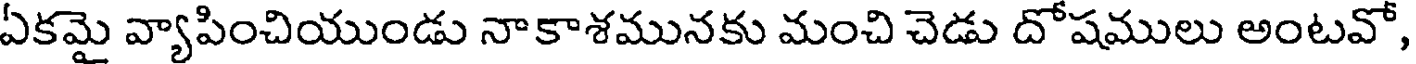
ఏకమై వ్యాపించియుండు నాకాశమునకు మంచి చెడు దోషములు అంటవో,